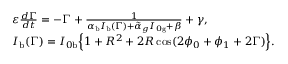
\begin{array} { l } { \varepsilon \frac { d \Gamma } { d t } = - \Gamma + \frac { 1 } { \alpha _ { \mathrm { b } } I _ { \mathrm { b } } ( \Gamma ) + \tilde { \alpha } _ { g } I _ { 0 \mathrm { g } } + \beta } + \gamma , } \\ { I _ { \mathrm { b } } ( \Gamma ) = I _ { 0 \mathrm { b } } \Big \{ 1 + R ^ { 2 } + 2 R \cos ( 2 \phi _ { 0 } + \phi _ { 1 } + 2 \Gamma ) \Big \} . } \end{array}